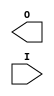
`celldefine

module IBUF (O, I);

    parameter CAPACITANCE = "DONT_CARE";
    parameter IBUF_DELAY_VALUE = "0";
    parameter IBUF_LOW_PWR = "TRUE";
    parameter IFD_DELAY_VALUE = "AUTO";
    parameter IOSTANDARD = "DEFAULT";

`ifdef XIL_TIMING

    parameter LOC = " UNPLACED";

`endif

    output O;
    input  I;

endmodule